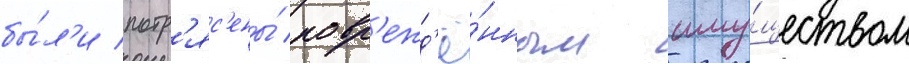
бы́л'и потр'яс'ены́ повр'ежд'ё́нным иму́ществом